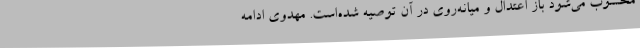
محسوب می‌شود باز اعتدال و میانه‌روی در آن توصیه شده‌است. مهدوی ادامه